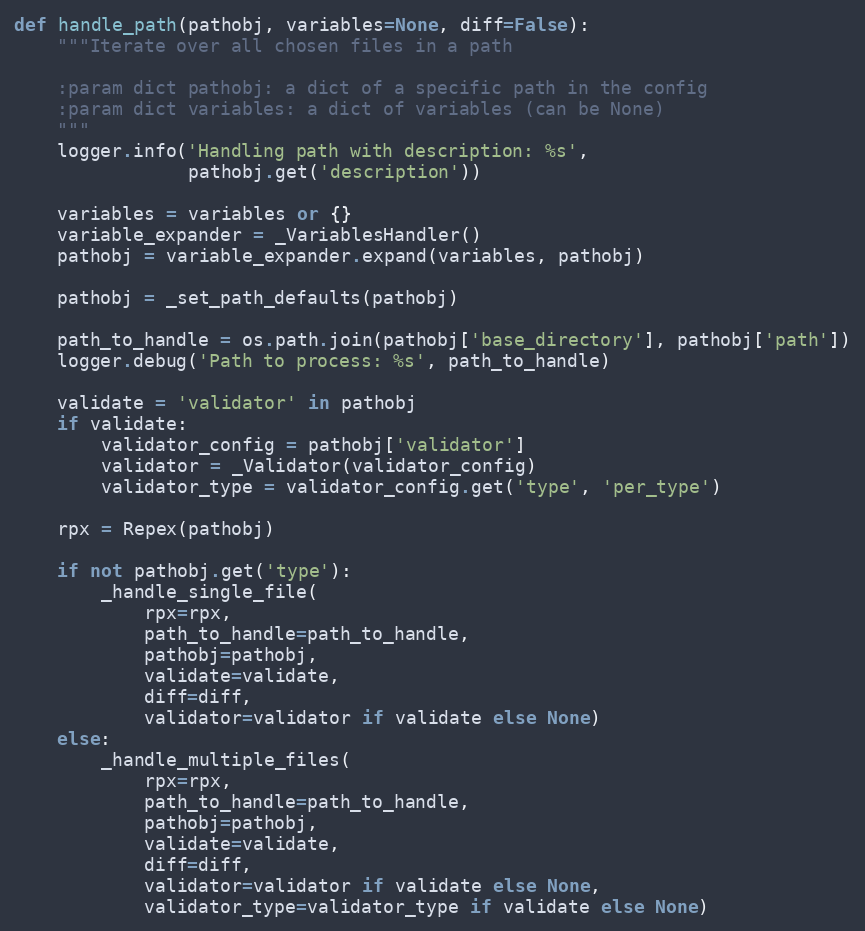
Language: Python
def handle_path(pathobj, variables=None, diff=False):
    """Iterate over all chosen files in a path

    :param dict pathobj: a dict of a specific path in the config
    :param dict variables: a dict of variables (can be None)
    """
    logger.info('Handling path with description: %s',
                pathobj.get('description'))

    variables = variables or {}
    variable_expander = _VariablesHandler()
    pathobj = variable_expander.expand(variables, pathobj)

    pathobj = _set_path_defaults(pathobj)

    path_to_handle = os.path.join(pathobj['base_directory'], pathobj['path'])
    logger.debug('Path to process: %s', path_to_handle)

    validate = 'validator' in pathobj
    if validate:
        validator_config = pathobj['validator']
        validator = _Validator(validator_config)
        validator_type = validator_config.get('type', 'per_type')

    rpx = Repex(pathobj)

    if not pathobj.get('type'):
        _handle_single_file(
            rpx=rpx,
            path_to_handle=path_to_handle,
            pathobj=pathobj,
            validate=validate,
            diff=diff,
            validator=validator if validate else None)
    else:
        _handle_multiple_files(
            rpx=rpx,
            path_to_handle=path_to_handle,
            pathobj=pathobj,
            validate=validate,
            diff=diff,
            validator=validator if validate else None,
            validator_type=validator_type if validate else None)